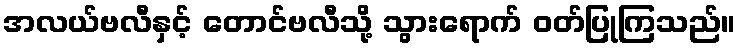
အလယ်ဗလီနှင့် တောင်ဗလီသို့ သွားရောက် ဝတ်ပြုကြသည်။